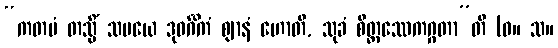
“ကတမံ တသ္မိံ သမယေ ဒုဝင်္ဂိကံ ဈာနံ ဟောတိ, သုခံ စိတ္တဿေကဂ္ဂတာ”တိ (ဓ။ သ။